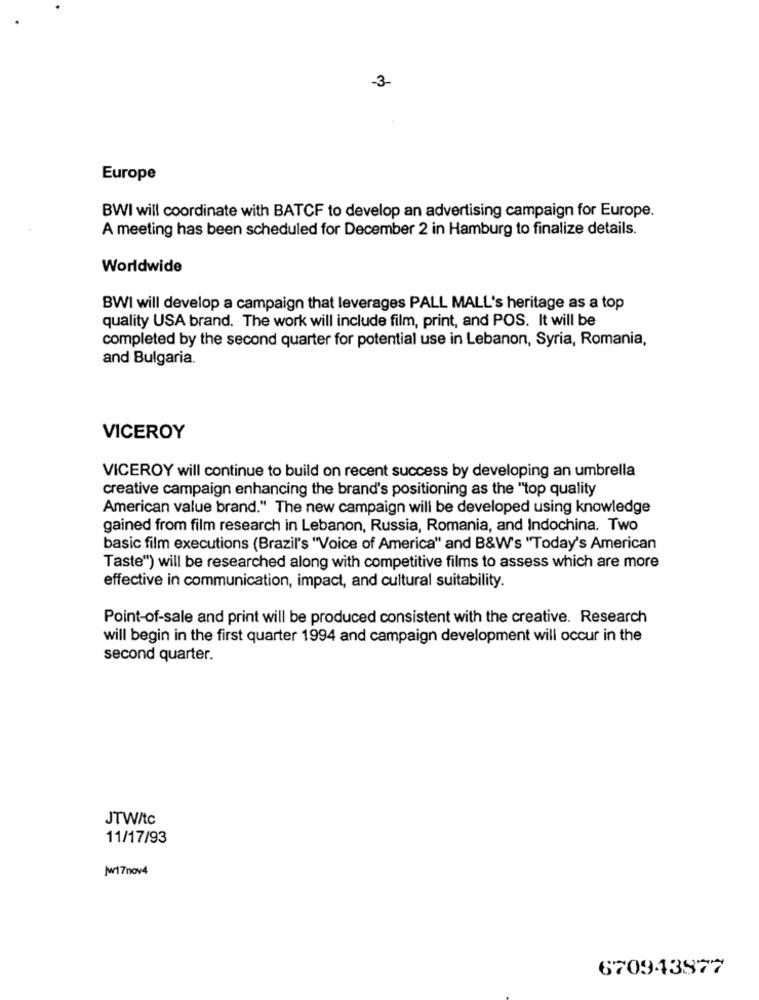
-3-
Europe
BWI will coordinate with BATCF to develop an advertising campaign for Europe.
A meeting has been scheduled for December 2 in Hamburg to finalize details.
Worldwide
BWI will develop a campaign that leverages PALL MALL's heritage as a top
quality USA brand. The work will include film, print, and POS. It will be
completed by the second quarter for potential use in Lebanon, Syria, Romania,
and Bulgaria.
VICEROY
VICEROY will continue to build on recent success by developing an umbrella
creative campaign enhancing the brand's positioning as the "top quality
American value brand." The new campaign will be developed using knowledge
gained from film research in Lebanon, Russia, Romania, and Indochina. Two
basic film executions (Brazil's "Voice of America" and B&W's "Today's American
Taste") will be researched along with competitive films to assess which are more
effective in communication, impact, and cultural suitability.
Point-of-sale and print will be produced consistent with the creative. Research
will begin in the first quarter 1994 and campaign development will occur in the
second quarter.
JTW/tc
11/17/93
/w17nov4
670943877